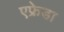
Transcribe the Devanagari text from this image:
एफ्रेडा